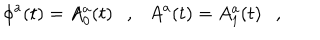
LaTeX: \phi ^ { a } ( t ) = A _ { 0 } ^ { a } ( t ) \ \ \ , \ \ \ A ^ { a } ( t ) = A _ { 1 } ^ { a } ( t ) \ \ \ ,